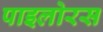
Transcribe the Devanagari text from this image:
पाइलोरस